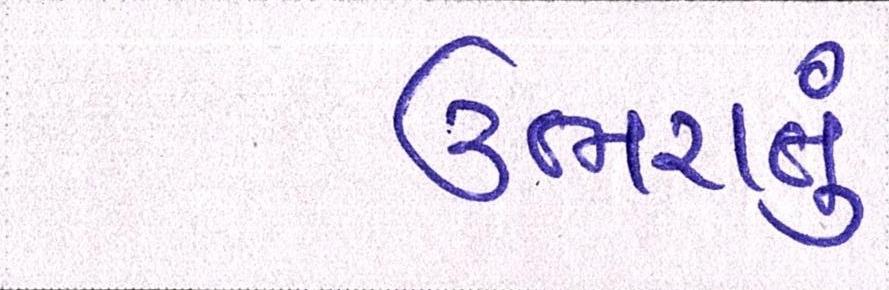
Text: ઉભરાતું